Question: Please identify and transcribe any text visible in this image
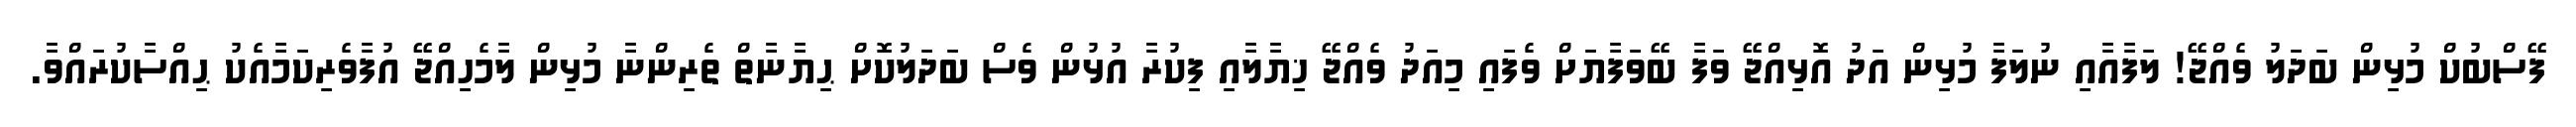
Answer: ފޭސްބުކް މުޅިން ބަދަލު ވެއްޖޭ! ލަފާއާއި ނުލަފާ މުޅިން އަދު އޮޅިއްޖޭ ވަފާ ބޭވަފާޔަށް ވެފައި މިއަދު ވެއްޖޭ ޚިޔާލާއި ފިކުރާ އުޅުން ވެސް ބަދަލުކޮށް ޙިޔާނާތް ތެރިންނާ މުޅިން ލާމެހިއްޖޭ އުފާވެރިކަމާއެކު ޙިއްސާކުރައްވާ.